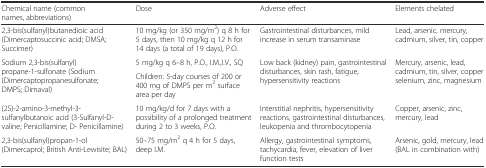
<table><thead><tr><td><b>Chemical name (common names, abbreviations)</b></td><td><b>Dose</b></td><td><b>Adverse effect</b></td><td><b>Elements chelated</b></td></tr></thead><tbody><tr><td>2,3-bis(sulfanyl)butanedioic acid (Dimercaptosuccinic acid; DMSA; Succimer)</td><td>10 mg/kg (or 350 mg/m<sup>2</sup>) q 8 h for 5 days, then 10 mg/kg q 12 h for 14 days (a total of 19 days), P.O.</td><td>Gastrointestinal disturbances, mild increase in serum transaminase</td><td>Lead, arsenic, mercury, cadmium, silver, tin, copper</td></tr><tr><td rowspan="2">Sodium 2,3-bis(sulfanyl)propane-1-sulfonate (Sodium (Dimercaptopropanesulfonate; DMPS; Dimaval)</td><td>5 mg/kg q 6–8 h, P.O., I.M.,I.V., SQ</td><td rowspan="2">Low back (kidney) pain, gastrointestinal disturbances, skin rash, fatigue, hypersensitivity reactions</td><td rowspan="2">Mercury, arsenic, lead, cadmium, tin, silver, copper selenium, zinc, magnesium</td></tr><tr><td>Children: 5-day courses of 200 or 400 mg of DMPS per m<sup>2</sup> surface area per day</td></tr><tr><td>(2S)-2-amino-3-methyl-3-sulfanylbutanoic acid (3-Sulfanyl-D-valine; Penicillamine; D- Penicillamine)</td><td>10 mg/kg/d for 7 days with a possibility of a prolonged treatment during 2 to 3 weeks, P.O.</td><td>Interstitial nephritis, hypersensitivity reactions, gastrointestinal disturbances, leukopenia and thrombocytopenia</td><td>Copper, arsenic, zinc, mercury, lead</td></tr><tr><td>2,3-bis(sulfanyl)propan-1-ol (Dimercaprol; British Anti-Lewisite; BAL)</td><td>50–75 mg/m<sup>2</sup> q 4 h for 5 days, deep I.M.</td><td>Allergy, gastrointestinal symptoms, tachycardia, fever, elevation of liver function tests</td><td>Arsenic, gold, mercury, lead (BAL in combination with)</td></tr></tbody></table>